Vaccination in Bombay 1869-1873 - 1869-1873
Year: 1869
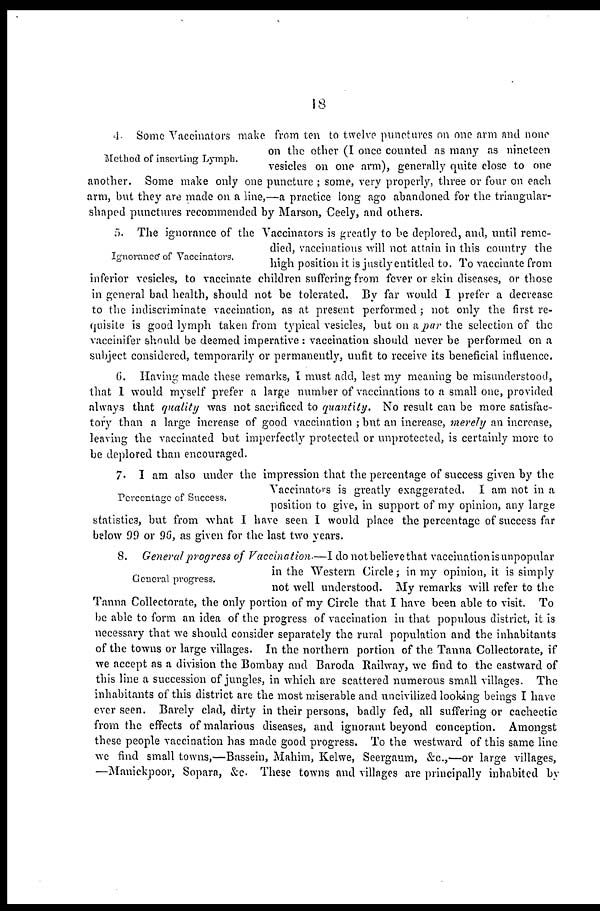
18
Method of inserting Lymph.
4. Some Vaccinators make from ten to twelve punctures on one arm and none
on the other (I once counted as many as nineteen
vesicles on one arm), generally quite close to one
another. Some make only one puncture ; some, very properly, three or four on each
arm, but they are made on a line,—a practice long ago abandoned for the triangular¬
shaped punctures recommended by Marson, Ceely, and others.
Ignorance of Vaccinators.
5. The ignorance of the Vaccinators is greatly to be deplored, and, until reme-
died, vaccinations will not attain in this country the
high position it is justly entitled to. To vaccinate from
inferior vesicles, to vaccinate children suffering from fever or skin diseases, or those
in general bad health, should not be tolerated. By far would I prefer a decrease
to the indiscriminate vaccination, as at present performed ; not only the first re-
quisite is good lymph taken from typical vesicles, but on a par the selection of the
vaccinifer should be deemed imperative : vaccination should never be performed on a
subject considered, temporarily or permanently, unfit to receive its beneficial influence.
6. Having made these remarks, I must add, lest my meaning be misunderstood,
that I would myself prefer a large number of vaccinations to a small one, provided
always that quality was not sacrificed to quantity.
No result can be more satisfac-
tory than a large increase of good vaccination ; but an increase, merely an increase,
leaving the vaccinated but imperfectly protected or unprotected, is certainly more to
be deplored than encouraged.
Percentage of Success.
7. I am also under the impression that the percentage of success given by the
Vaccinators is greatly exaggerated. I am not in a
position to give, in support of my opinion, any large
statistics, but from what I have seen I would place the percentage of success far
below 99 or 96, as given for the last two years.
General progress.
8. General progress of Vaccination.—I do not believe that vaccination is unpopular
in the Western Circle; in my opinion, it is simply
not well understood. My remarks will refer to the
Tanna Collectorate, the only portion of my Circle that I have been able to visit. To
be able to form an idea of the progress of vaccination in that populous district, it is
necessary that we should consider separately the rural population and the inhabitants
of the towns or large villages. In the northern portion of the Tanna Collectorate, if
we accept as a division the Bombay and Baroda Railway, we find to the eastward of
this line a succession of jungles, in which are scattered numerous small villages. The
inhabitants of this district are the most miserable and uncivilized looking beings I have
ever seen. Barely clad, dirty in their persons, badly fed, all suffering or cachectic
from the effects of malarious diseases, and ignorant beyond conception. Amongst
these people vaccination has made good progress. To the westward of this same line
we find small towns,—Bassein, Mahim, Kelwe, Seergaum, &c.,—or large villages,
—Manickpoor, Sopara, &c. These towns and villages are principally inhabited by